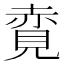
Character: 𧹦